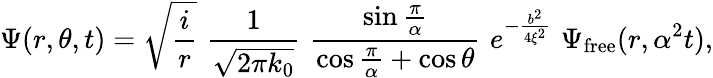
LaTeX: \Psi(r,\theta,t)=\sqrt{{\frac{i}{r}}}\, \, {\frac{1}{\sqrt{2\pi k_{0}}}}\, \, {\frac{\sin{\frac{\pi}{\alpha}}}{\cos{\frac{\pi}{\alpha}}+\cos\theta}}\, \, e^{-{\frac{b^{2}}{4\xi^{2}}}}\, \, \Psi_{\mathrm{{free}}}(r,\alpha^{2}t),